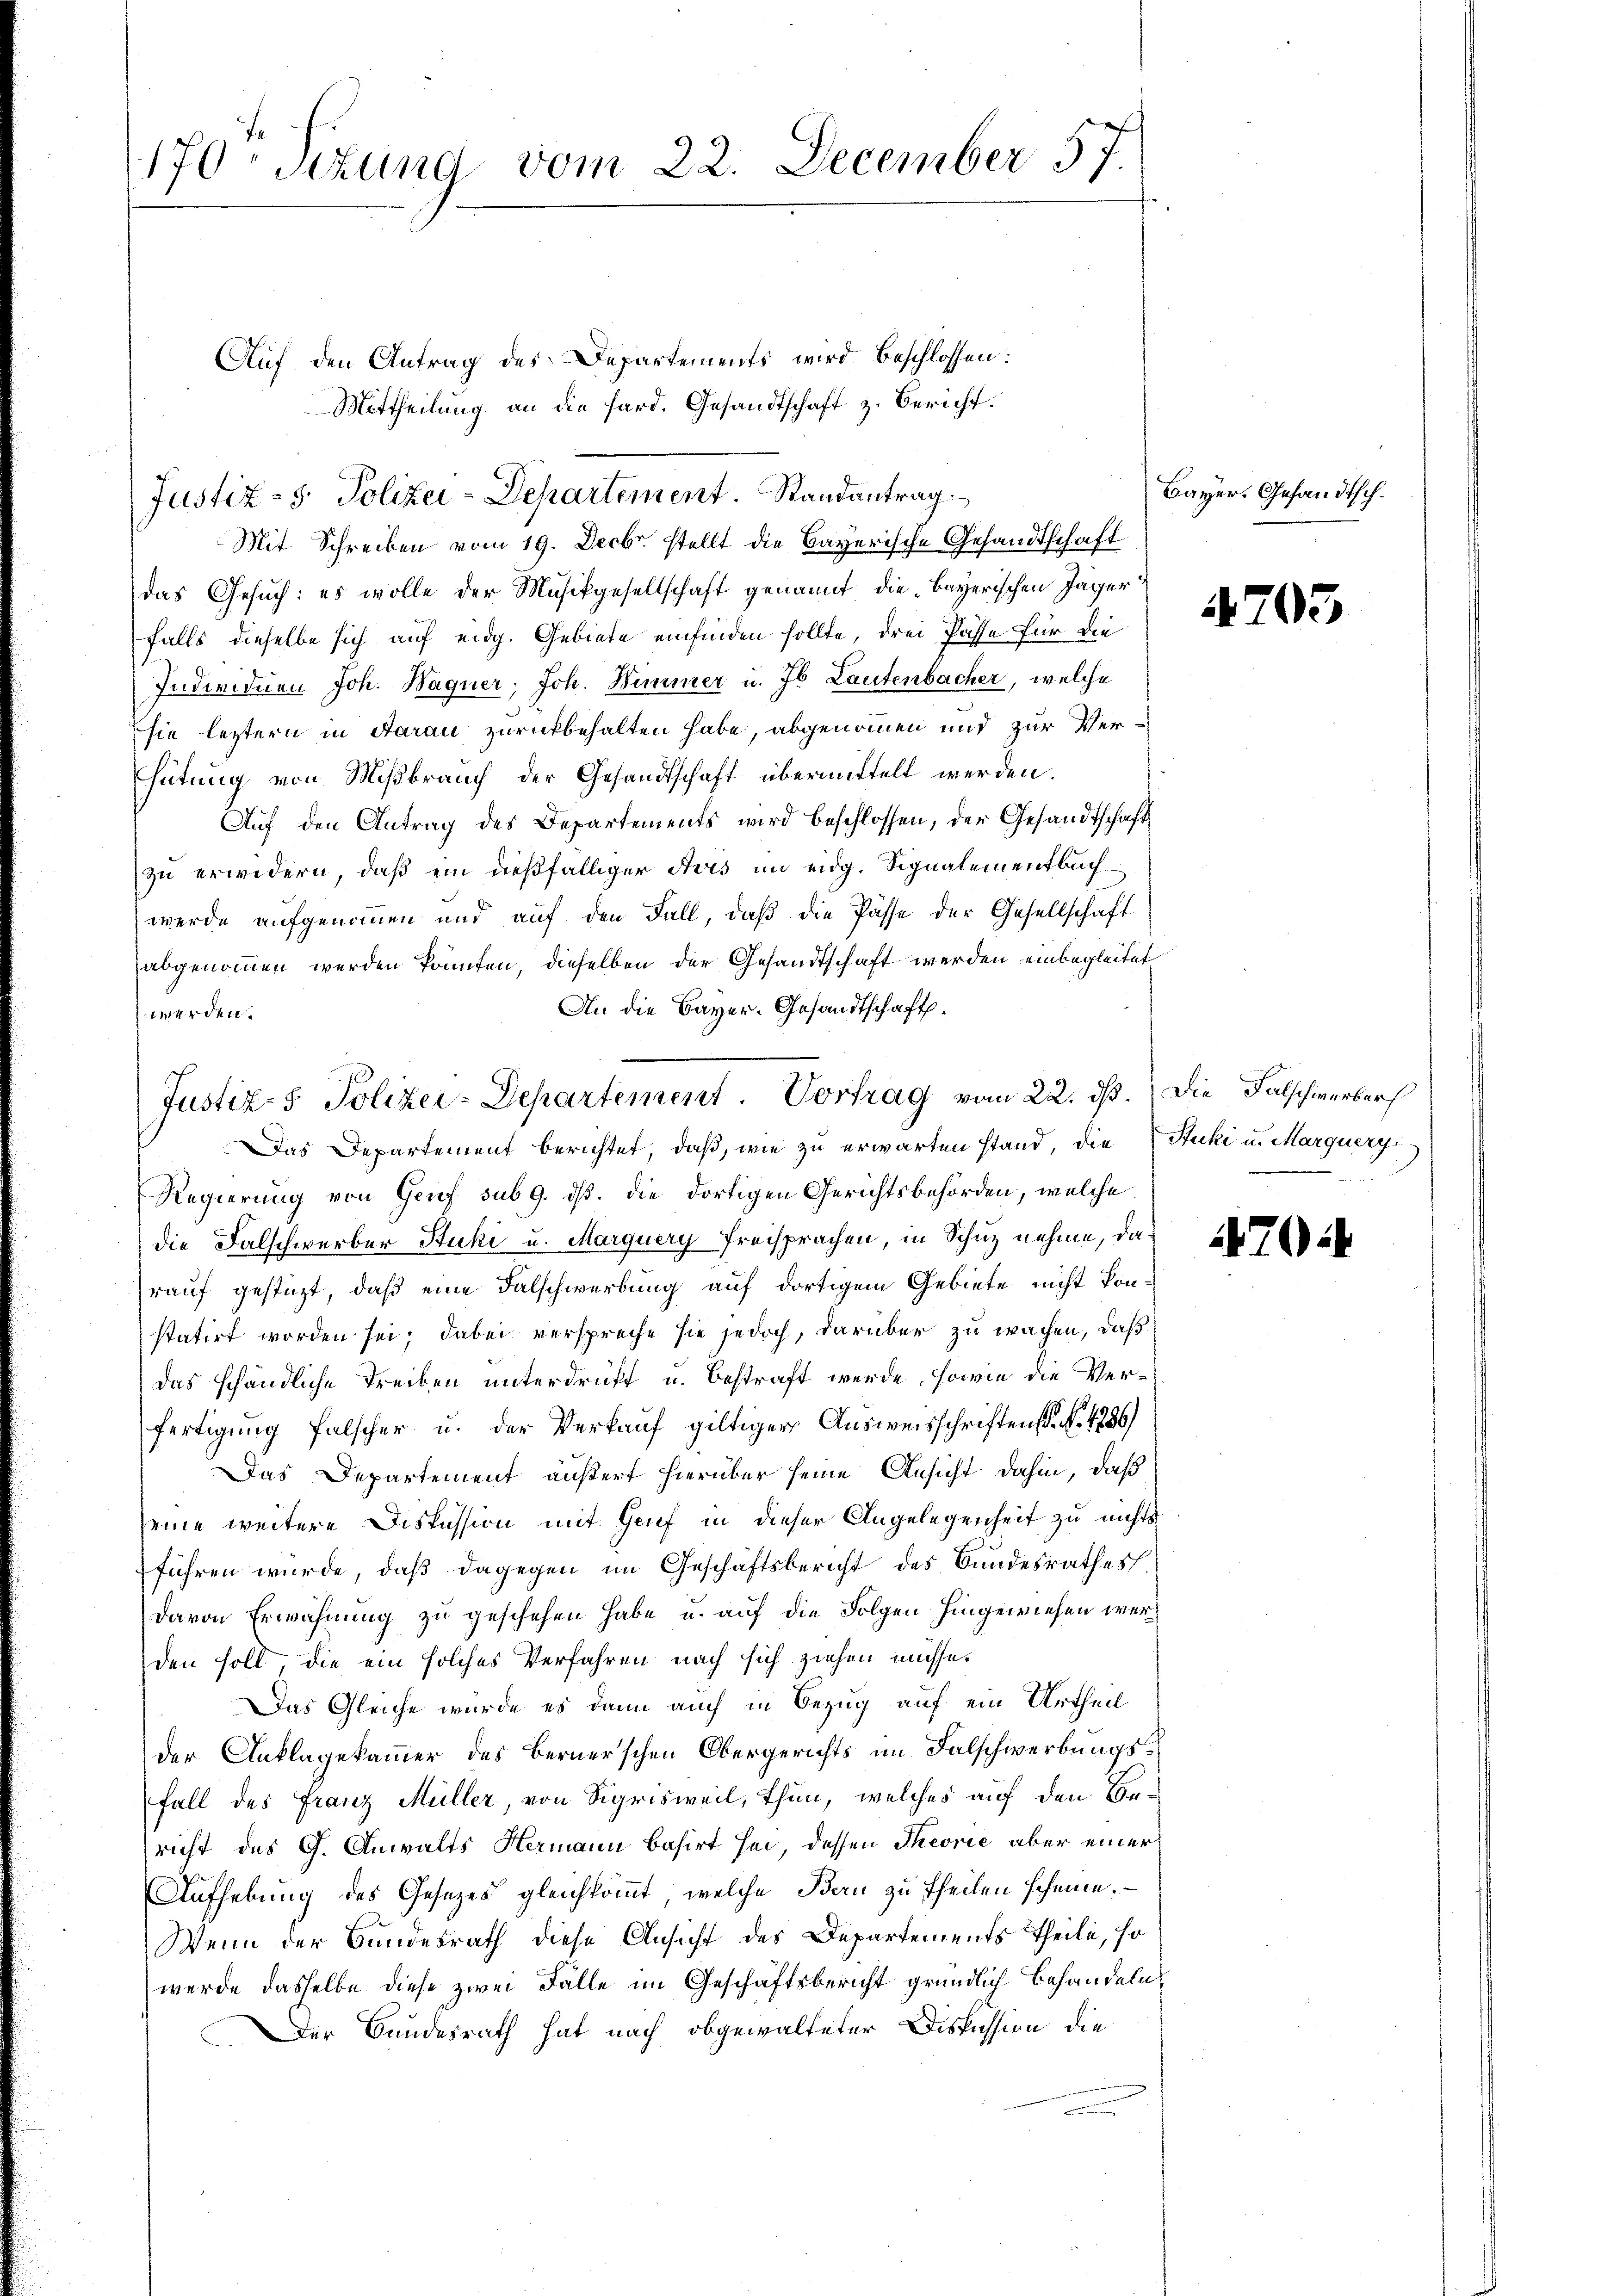
170 sizung vom 22. December 57.

Auf den Antrag des Departements wird beschlossen:
Mittheilung an die Hard. Gesandtschaft z. Bericht.
Mit Schreiben vom 19. Decbr. stellt die Bayerische Gesandtschaft
das Gesuch: es wolle der Musikgesellschaft genannt die „Bayerischen Jäger
falls dieselbe sich auf eidg. Gebiete einfinden sollte, drei Pässe für die
Individuen Joh. Wagner, Joh. Wimmer u. 76. Lautenbacher, welche
sie leztern in Aarau zurückbehalten habe, abgenommen und zur Verhütung von Mißbrauch der Gesandtschaft übermittelt werden.
Aŭf den Antrag des Departements wird beschlossen, der Gesandtschaft
zu erwidern, daß ein dießfälliger Aves im eidg. Signalementbuch
werde aufgenommen und auf den Fall, daß die Pässe der Gesellschaft
abgenommen werden könnten, dieselben der Gesandtschaft werden einbegleitet
An die Bayer-Gesandtschaftswerden.
Das Departement berichtet, daß, wie zu erwarten stand, die Stucki u. Marquery
Regierung von Genf sub 9. dß. die dortigen Gerichtsbehörden, welche
die Falschwerber Stucki u. Marquery Freisprachen, in Schuz nehme, darauf gestüzt, daß eine Falschwerbung auf dortigem Gebiete nicht konstatirt worden sei; dabei verspreche sie jedoch, darüber zu wachen, daß
das schändliche Treiben unterdruckt u. bestraft werde, sowie die Verfertigung falscher u. der Verkauf giltiger Ausweisschriften (S. Nr. 1886)
Das Departement äußert hierüber seine Ansicht dahin, daß
seine weitere Diskussion mit Grif in dieser Angelegenheit zu nichts
führen würde, daß dagegen im Geschäftsbericht des Bundesrathes
davon Erwähnung zu geschehen habe u. auf die Folgen hingewiesen werden soll, die ein solches Verfahren nach sich ziehen müsse.
Das Gleiche würde es dann auch in Bezug auf ein Urtheil
der Anklagekammer des Bernerschen Obergerichts im Falschwerbungs¬
Fall des Franz Müller, von Sigrisweil, Thun, welches auf den Bericht des G. Anwalts Hermann basirt sei, dessen Theorie aber einer
Aufhebung des Gesetzes gleichkommt, welche Bern zu theilen scheine.
Wenn der Bundesrath diese Ansicht des Departements Theile, so
werde dasselbe diese zwei Fälle im Geschäftsbericht gründlich Behandeln,
Der Bundesrath hat nach obgewalteter Diskussion die

Justiz - 5. Polizei-Departement. Randantrag

Justiz- & Polizei-Departement. Vortrag vom 22. ds. Die Falschwerbers

Bayer, Gesandtsch.

4203

470: